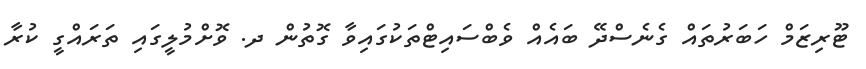
ޓޫރިޒަމް ހަބަރުތައް ގެނެސްދޭ ބައެއް ވެބްސައިޓްތަކުގައިވާ ގޮތުން ދ. ވޮށްމުލީގައި ތަރައްގީ ކުރާ